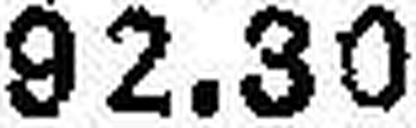
92.30